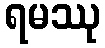
ရမဿု